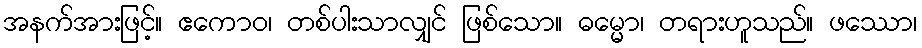
အနက်အားဖြင့်။ ဧကောဝ၊ တစ်ပါးသာလျှင် ဖြစ်သော။ ဓမ္မော၊ တရားဟူသည်။ ဖဿော၊